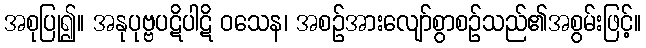
အစုပြု၍။ အနုပုဗ္ဗပဋိပါဋိ ဝသေန၊ အစဉ်အားလျော်စွာစဉ်သည်၏အစွမ်းဖြင့်။